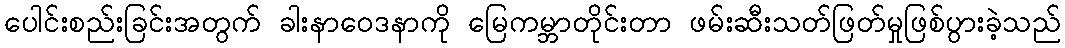
ပေါင်းစည်းခြင်းအတွက် ခါးနာဝေဒနာကို မြေကမ္ဘာတိုင်းတာ ဖမ်းဆီးသတ်ဖြတ်မှုဖြစ်ပွားခဲ့သည်